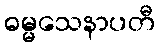
ဓမ္မသေနာပတီ